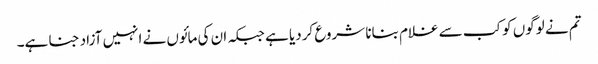
تم نے لوگوں کو کب سے غلام بنانا شروع کردیا ہے جبکہ ان کی مائوں نے انہیں آزاد جنا ہے۔